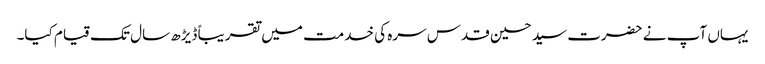
یہاں آپ نے حضرت سید حسین قدس سرہ کی خدمت میں تقریباً ڈیڑھ سال تک قیام کیا۔